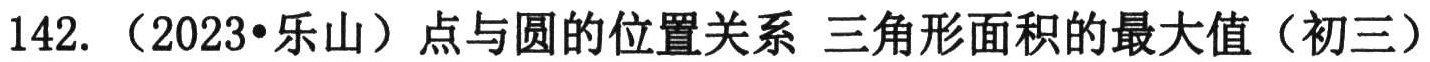
142.（2023•乐山）点与圆的位置关系 三角形面积的最大值（初三）